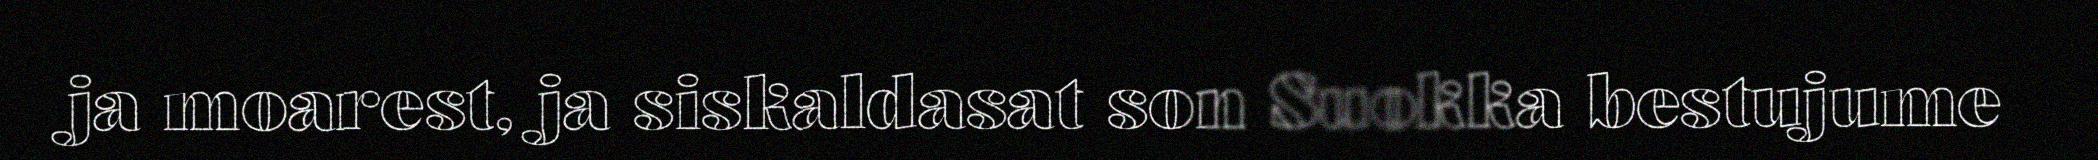
ja moarest, ja siskaldasat son Suokka bestujume